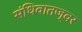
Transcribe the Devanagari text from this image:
संधिवातज्वर